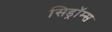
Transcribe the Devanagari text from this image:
सिड्रॉम्स